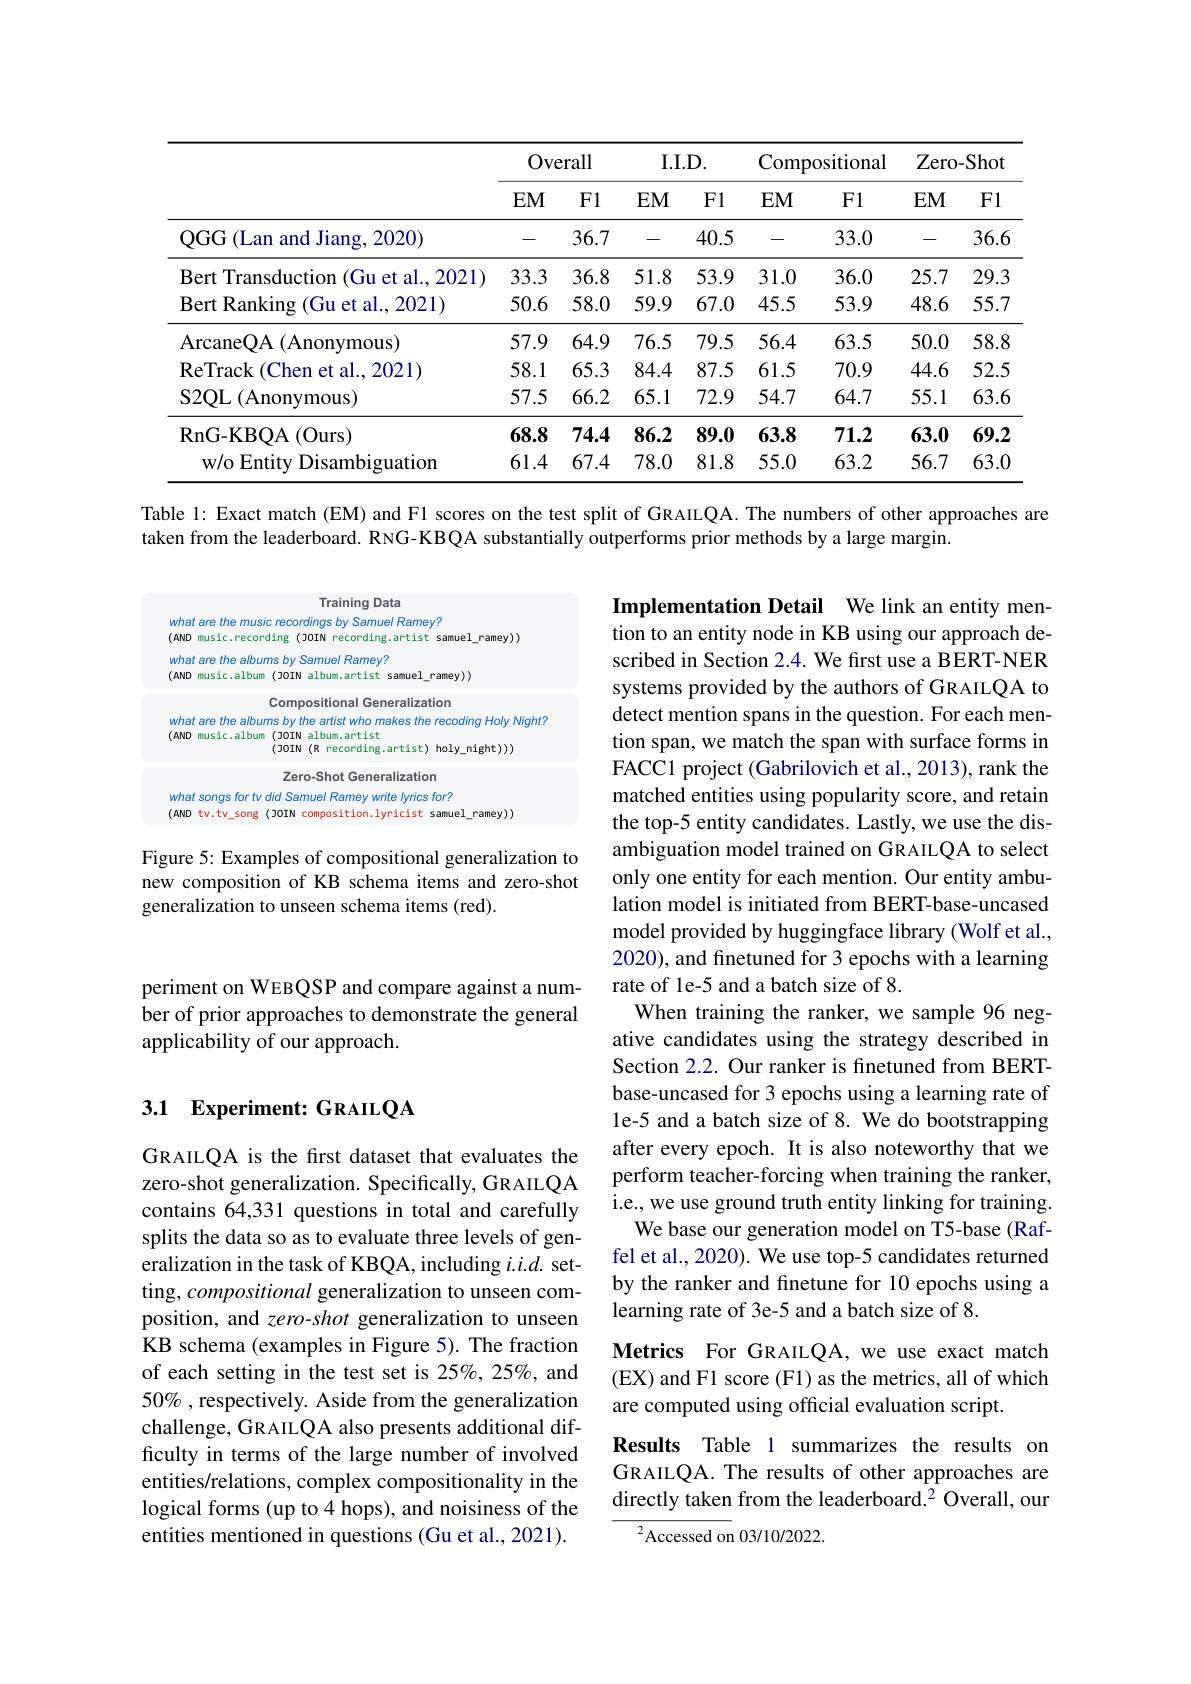
<table>
	<tbody>
		<tr>
			<th> </th>
			<th colspan="2">Overall</th>
			<th colspan="2">I. I. D. </th>
			<th colspan="2">Compositional</th>
			<th colspan="2">Zero- Shot</th>
		</tr>
		<tr>
			<th> </th>
			<th>$EM$</th>
			<th>$F1$</th>
			<th>$EM$</th>
			<th>$F1$</th>
			<th>$EM$</th>
			<th>F1</th>
			<th>$EM$</th>
			<th>F1</th>
		</tr>
		<tr>
			<td>QGG (Lan and Jiang, 2020)</td>
			<td>一 </td>
			<td>36.7</td>
			<td>一 </td>
			<td>40.5</td>
			<td>一 </td>
			<td>33.0</td>
			<td>- </td>
			<td>36.6</td>
		</tr>
		<tr>
			<td>Bert Transduction (Gu et al..2021)</td>
			<td>33.3</td>
			<td>36.8</td>
			<td>51.8</td>
			<td>53.9</td>
			<td>31.0</td>
			<td>36.0</td>
			<td>25.7</td>
			<td>29.3</td>
		</tr>
		<tr>
			<td>Bert Ranking (Gu et al., 2021)</td>
			<td>50.6</td>
			<td>58.0</td>
			<td>59.9</td>
			<td>67.0</td>
			<td></td>
			<td>53.9</td>
			<td>48.6</td>
			<td>55.7</td>
		</tr>
		<tr>
			<td>ArcaneQA ( Anonymous) </td>
			<td>57.9</td>
			<td>64.9</td>
			<td>76.5</td>
			<td>79.5</td>
			<td>56.4</td>
			<td>63.5</td>
			<td>50.0</td>
			<td>58.8</td>
		</tr>
		<tr>
			<td>ReTrack (Chen et al..2021)</td>
			<td>58.1</td>
			<td>65.3</td>
			<td>84.4</td>
			<td>87.5</td>
			<td>61.5</td>
			<td>70.9</td>
			<td>44.6</td>
			<td>52.5</td>
		</tr>
		<tr>
			<td>S2QL$\left ( \mathrm{Anonymous}\right )$</td>
			<td>57.5</td>
			<td>66.2</td>
			<td>65.1</td>
			<td>72.9</td>
			<td>54.7</td>
			<td>64.7</td>
			<td>55.1</td>
			<td>63.6</td>
		</tr>
		<tr>
			<td>RnG- KBQA ( Ours) </td>
			<td>68.8</td>
			<td>74.4</td>
			<td>86.2</td>
			<td>89.0</td>
			<td>63.8</td>
			<td>71.2</td>
			<td>63.0</td>
			<td>69.2</td>
		</tr>
		<tr>
			<td>w/o Entity Disambiguation</td>
			<td>61.4</td>
			<td>67.4</td>
			<td>78.0</td>
			<td>81.8</td>
			<td>55.0</td>
			<td>63.2</td>
			<td>56.7</td>
			<td>63.0</td>
		</tr>
	</tbody>
</table>
Table 1: Exact match (EM) and Fl scores on the test split of GRAILQA. The numbers of other approaches are

taken from the leaderboard. RNG-KBQA substantially outperforms prior methods by a large margin.

<FigureHere>

Figure 5: Examples of compositional generalization to new composition of KB schema items and zero-shot generalization to unseen schema items (red).

Implementation Detail We link an entity mention to an entity node in KB using our approach described in Section 2.4. We frst use a BERT-NER systems provided by the authors of GRAILQA to detect mention spans in the question. For each mention span, we match the span with surface forms in FACC1 project (Gabrilovich et al., 2013), rank the matched entities using popularity score, and retain the top-5 entity candidates. Lastly, we use the disambiguation model trained on GRAILQA to select only one entity for each mention. Our entity ambulation model is initiated from BERT-base-uncased model provided by huggingface library (Wolf et al., 2020), and finetuned for 3 epochs with a learning rate of le-5 and a batch size of 8.
When training the ranker, we sample 96 negative candidates using the strategy described in Section 2.2. Our ranker is finetuned from BERTbase-uncased for 3 epochs using a learning rate of le-5 and a batch size of 8. We do bootstrapping after every epoch. It is also noteworthy that we perform teacher-forcing when training the ranker, i.e., we use ground truth entity linking for training.
We base our generation model on T5-base (Raffel et al., 2020). We use top-5 candidates returned by the ranker and finetune for 10 epochs using a learning rate of 3e-5 and a batch size of 8.
Metrics For GRAILQA, we use exact match

periment on WEBQSP and compare against a number of prior approaches to demonstrate the general applicability of our approach.

## 3.1 Experiment: GRAILQA

GRAILQA is the first dataset that evaluates the zero-shot generalization. Specifically, GRAILQA contains 64,331 questions in total and carefully splits the data so as to evaluate three levels of generalization in the task of KBQA, including $i.i.d.$ setting, compositional generalization to unseen composition, and zero-shot generalization to unseen KB schema (examples in Figure 5). The fraction of each setting in the test set is 25%, 25%, and 50% , respectively. Aside from the generalization challenge, GRAILQA also presents additional difficulty in terms of the large number of involved entities/relations, complex compositionality in the logical forms (up to 4 hops), and noisiness of the entities mentioned in questions (Gu et al., 2021).

(EX) and F1 score (F1) as the metrics, all of which
are computed using official evaluation script.

Results Table 1 summarizes the results on GRAILQA. The results of other approaches are directly taken from the leaderboard.$^2$ Overall, our

${^{2}}$Accessed on 03/10/2022.